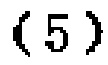
\textbf{(5)}